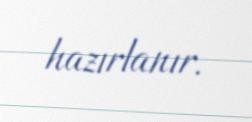
hazırlanır.